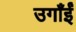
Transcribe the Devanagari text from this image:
उगाँईं